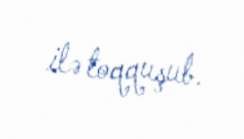
ilə toqquşub.